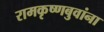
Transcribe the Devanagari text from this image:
रामकृष्णबुवांना